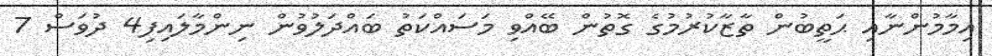
އިމާމުންނާއި ޙަތީބުން ތާޒާކުރުމުގެ ގޮތުން ބޭއްވި މަސައްކަތު ބައްދަލުވުން ނިންމާލައިފި4 ދުވަސް 7